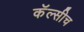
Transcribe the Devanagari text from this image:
कॅल्सीच